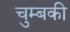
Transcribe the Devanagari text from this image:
चुम्बकी